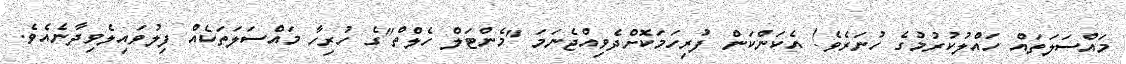
މައްސަލަތައް ހައްލުކުރުމުގެ ހުނަރެވެ! އެކަންކަން ފުރިހަމަކޮށްދެވިއްޖެނަމަ "މެންޓަލް ހެލްތް"ގެ ހުރިހާ މައްސަލަތަކެއް ފިލުވައިލެވިދާނެއެވެ.